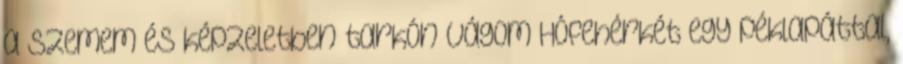
a szemem és képzeletben tarkón vágom Hófehérkét egy péklapáttal,